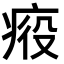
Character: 𤶣